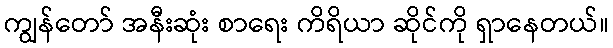
ကျွန်တော် အနီးဆုံး စာရေး ကိရိယာ ဆိုင်ကို ရှာနေတယ်။